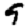
Digit: 9